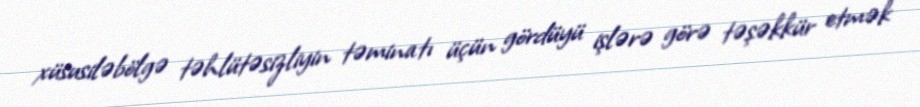
xüsusiləbölgə təhlütəsizliyin təminatı üçün gördüyü işlərə görə təşəkkür etmək